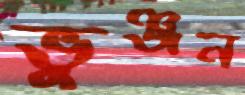
ভুঞ্জন